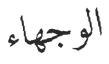
الوجھاء